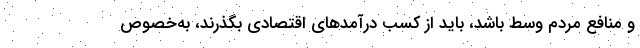
و منافع مردم وسط باشد، باید از کسب درآمدهای اقتصادی بگذرند، به‌خصوص